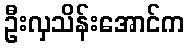
ဦးလှသိန်းအောင်က